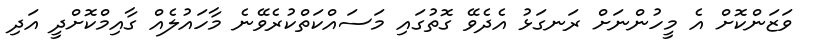
ވަޒަންކޮށް އެ މީހުންނަށް ރަނގަޅު އެދެވޭ ގޮތުގައި މަސައްކަތްކުރެވޭނެ މާހައުލެއް ގާއިމްކޮށްދީ އަދި